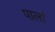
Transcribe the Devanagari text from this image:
पार्ला